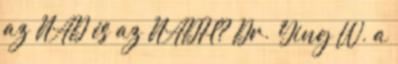
az NAD és az NADH? Dr. Ying W. a